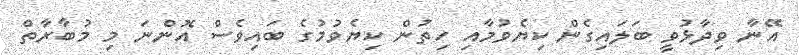
އޭނާ ވިދާޅުވީ ބަލައިގެން ކިޔެވުމާއި ހިތުން ކިޔެވުމުގެ ބައިވެސް އޮންނަ މި މުބާރާތް